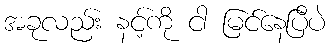
အခုလည်း နင့်ကို ငါ မြင်နေပြီပဲ